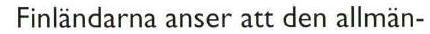
 Finländarna anser att den allmän-